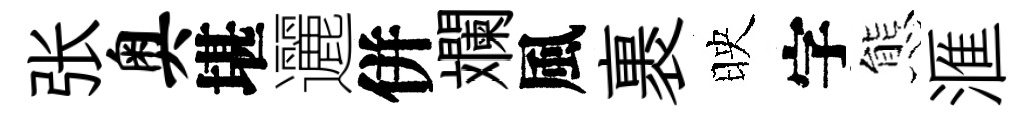
张奥堪邐併斕風裹映字態滙